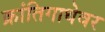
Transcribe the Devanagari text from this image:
क्रांतिगाथेवर